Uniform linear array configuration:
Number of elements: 16
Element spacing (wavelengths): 1
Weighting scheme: cosine
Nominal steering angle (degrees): -45
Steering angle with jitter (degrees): -44.596
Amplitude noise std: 0.05
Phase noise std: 0.05

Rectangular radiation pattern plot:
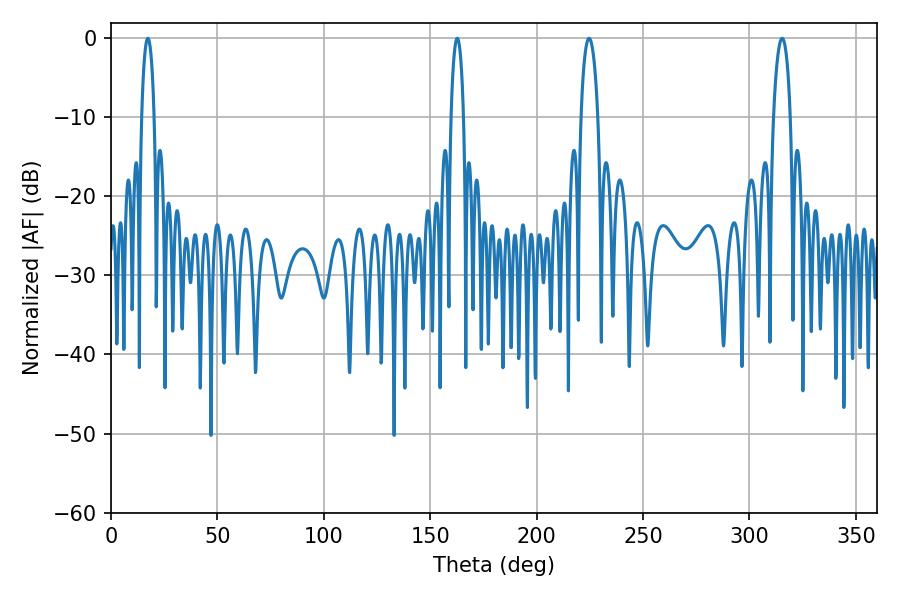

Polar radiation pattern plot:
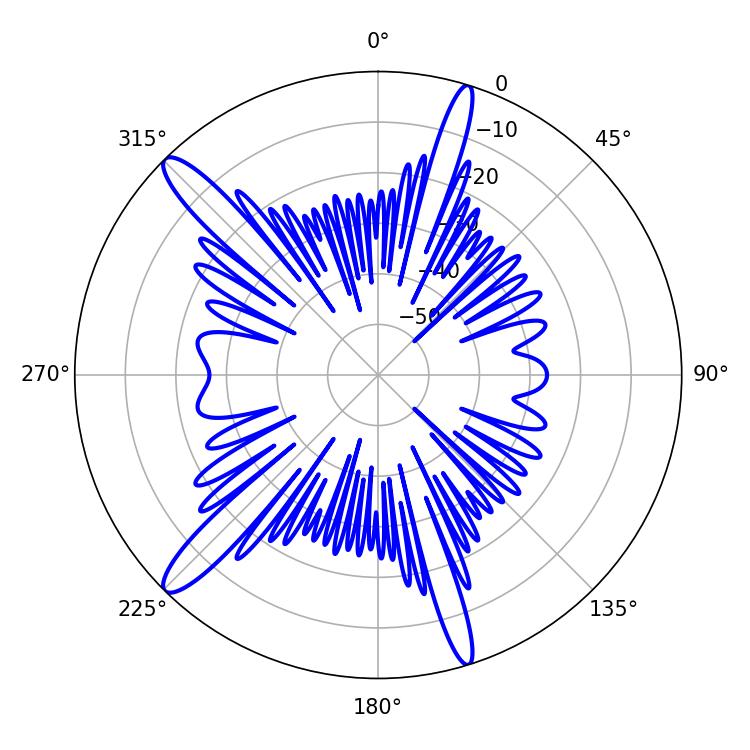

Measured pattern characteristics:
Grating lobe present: TRUE
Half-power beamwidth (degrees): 4.5
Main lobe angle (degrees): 224.64